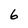
Character: 6